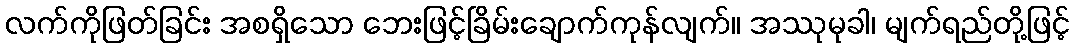
လက်ကိုဖြတ်ခြင်း အစရှိသော ဘေးဖြင့်ခြိမ်းချောက်ကုန်လျက်။ အဿုမုခါ၊ မျက်ရည်တို့ဖြင့်